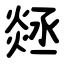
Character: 㷥